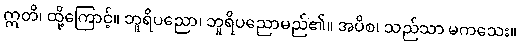
ဣတိ၊ ထို့ကြောင့်။ ဘူရိပညော၊ ဘူရိပညောမည်၏။ အပိစ၊ သည်သာ မကသေး။